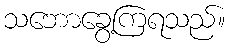
သဘောခွေ့ကြရသည်။